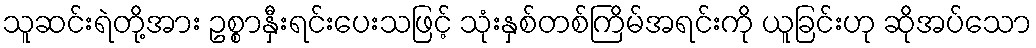
သူဆင်းရဲတို့အား ဥစ္စာနှီးရင်းပေးသဖြင့် သုံးနှစ်တစ်ကြိမ်အရင်းကို ယူခြင်းဟု ဆိုအပ်သော